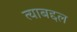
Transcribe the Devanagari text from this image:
त्‍याबद्दल